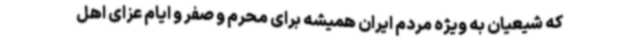
که شیعیان به ویژه مردم ایران همیشه برای محرم و صفر و ایام عزای اهل